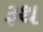
રૂથ